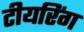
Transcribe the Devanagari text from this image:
टीयरिंग